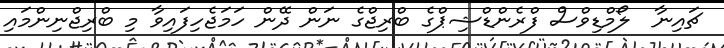
ޗައިނާ  ލޯމްޑިވްސް ފްރެންޑްޝިޕްގެ ބްރިޖްގެ ނަން ދޭން ހަމަޖެހިފައިވާ މި ބްރިޖްނިންމައި